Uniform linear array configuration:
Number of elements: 4
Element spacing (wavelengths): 0.5
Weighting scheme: hann
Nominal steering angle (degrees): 30
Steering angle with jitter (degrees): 29.681
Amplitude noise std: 0.05
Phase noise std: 0.05

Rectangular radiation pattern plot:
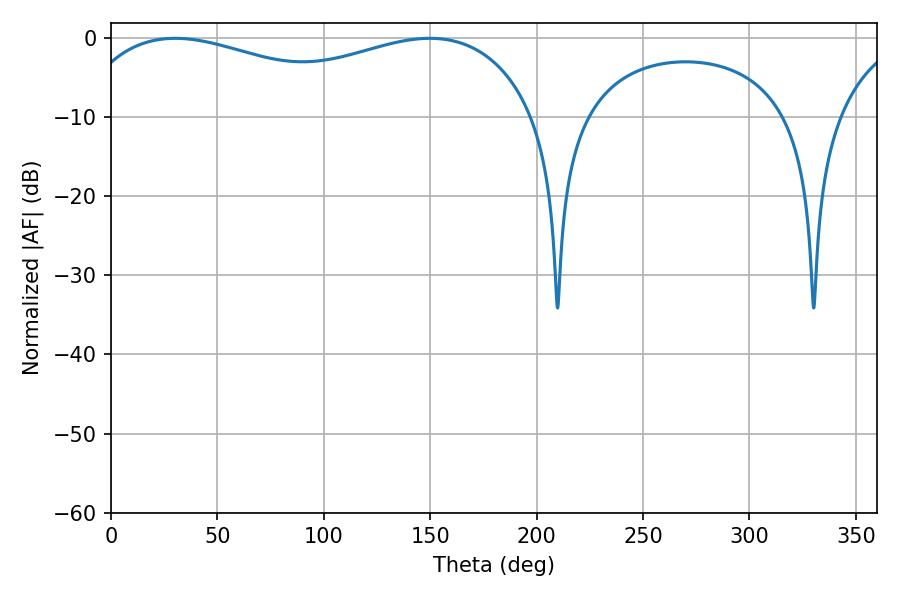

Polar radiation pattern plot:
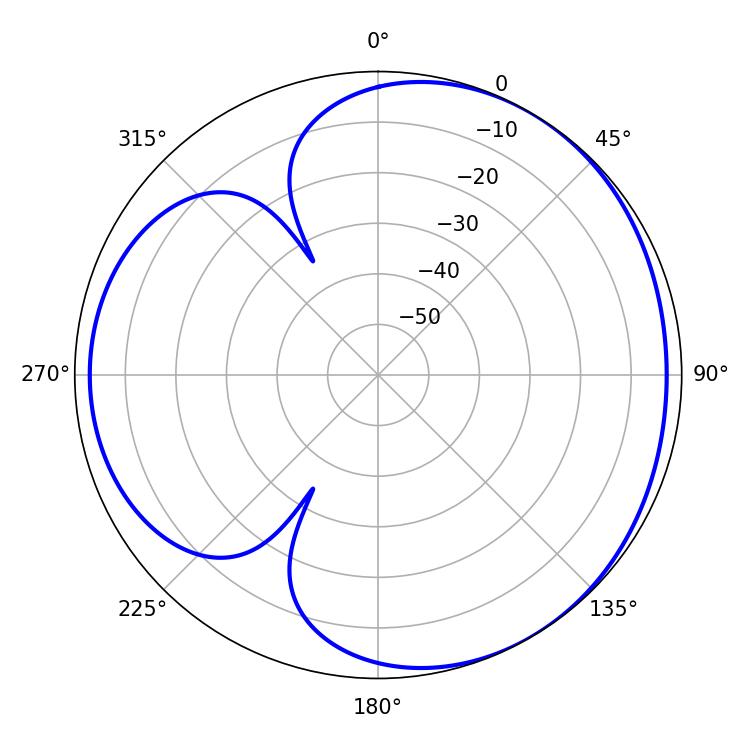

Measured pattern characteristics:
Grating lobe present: FALSE
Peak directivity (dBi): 3.498
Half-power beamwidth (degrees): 179.64
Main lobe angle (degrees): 30.24